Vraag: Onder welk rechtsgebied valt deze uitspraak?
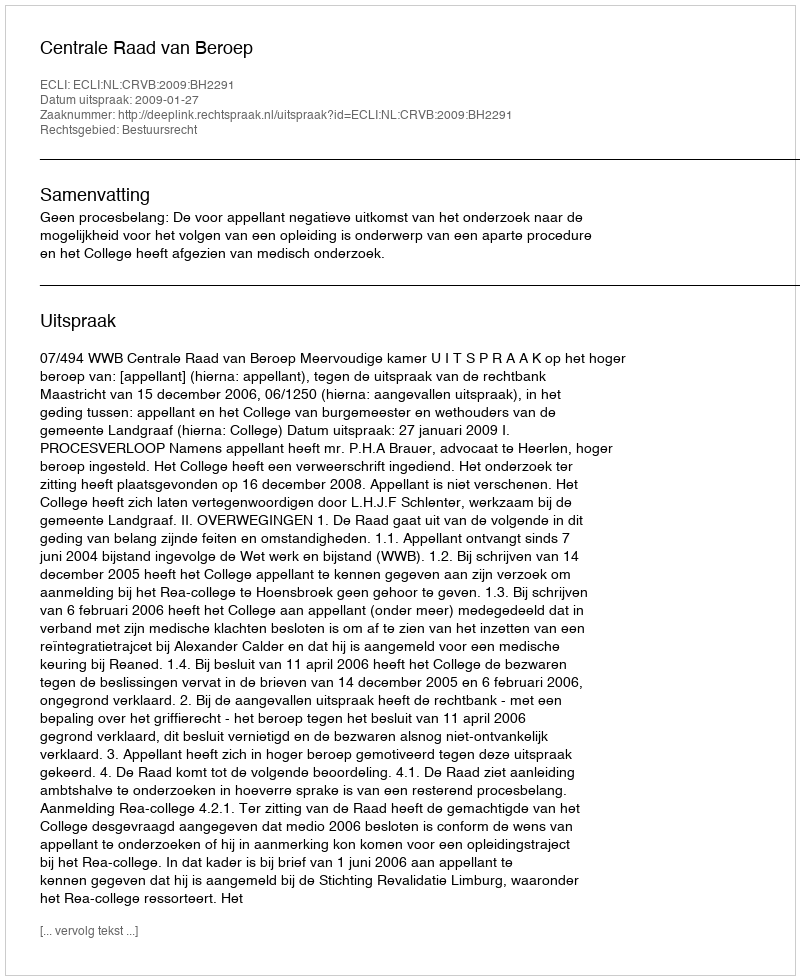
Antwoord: Bestuursrecht